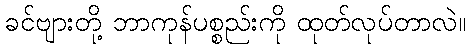
ခင်ဗျားတို့ ဘာကုန်ပစ္စည်းကို ထုတ်လုပ်တာလဲ။